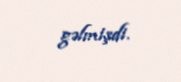
gəlmişdi.